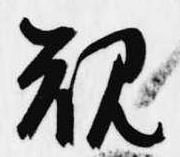
規